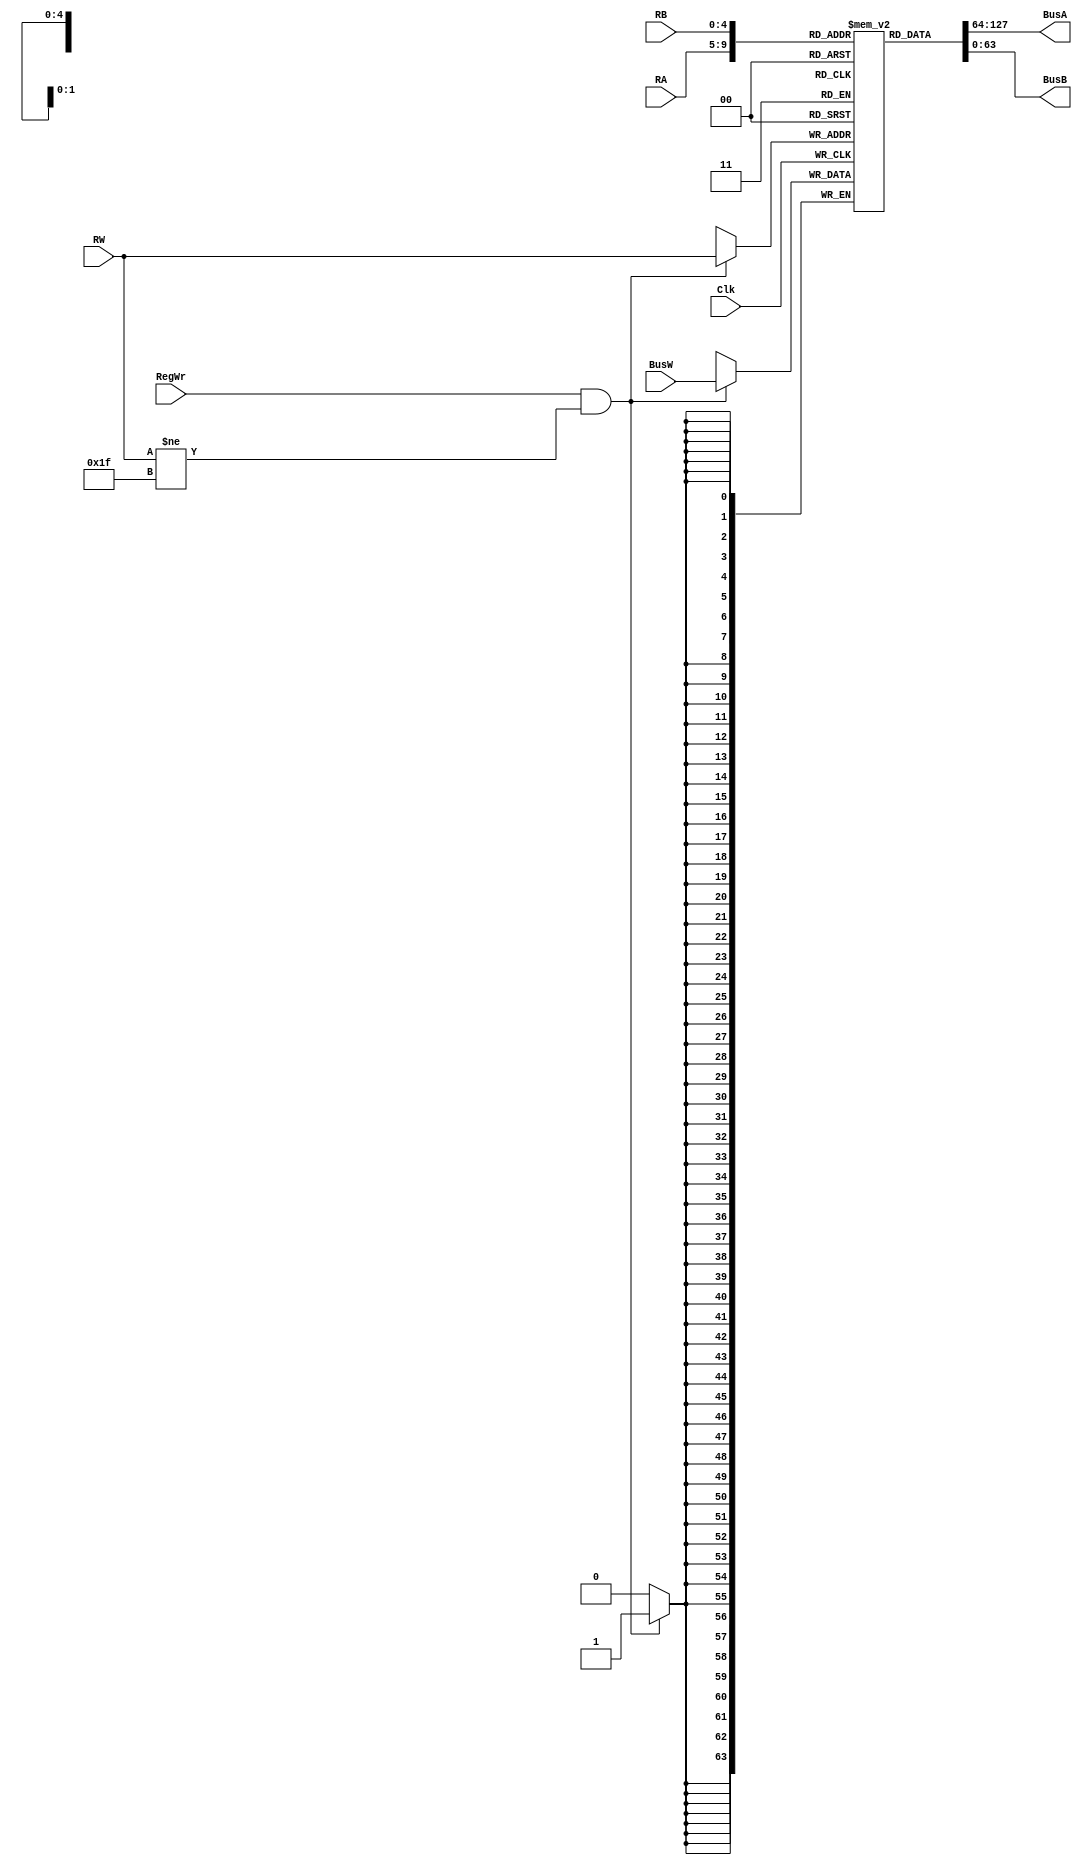
module RegisterFile(BusA, BusB, BusW, RW, RegWr, Clk, RA, RB);
    output [63:0] BusA;
    output [63:0] BusB;
    input [63:0] BusW;
    input [4:0] RW, RA, RB;
    input RegWr;
    input Clk;
    reg [63:0] registers [31:0]; // make 64 of 32 bit registers
    
    initial begin
    registers[31] = 0; // set x31 to 0
    end
    
    assign #2 BusA = registers[RA];
    assign #2 BusB = registers[RB];
     
    always @ (negedge Clk) begin
        if(RegWr && RW != 31) // make sure x31 will not be written
            registers[RW] <= #3 BusW;
    end
endmodule